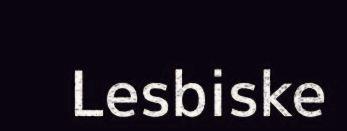
Lesbiske